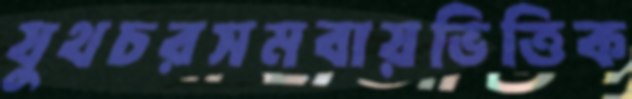
যুথচরসমবায়ভিত্তিক